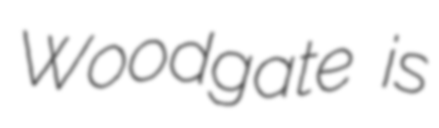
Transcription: Woodgate is